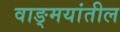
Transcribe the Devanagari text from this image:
वाङ्‍मयांतील